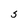
Character: S